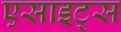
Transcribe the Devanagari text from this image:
एसाइट्स